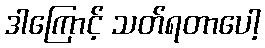
ဒါကြောင့် သတ်ရတာပေါ့